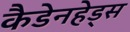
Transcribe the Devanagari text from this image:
कैडेनहेड्स